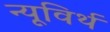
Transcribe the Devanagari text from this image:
न्यूविर्थ